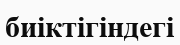
биіктігіндегі